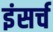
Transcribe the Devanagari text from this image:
इंसर्च